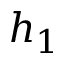
h _ { 1 }